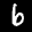
Label: 6